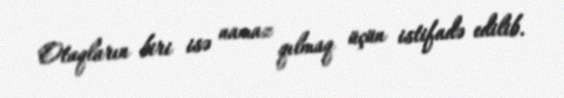
Otaqların biri isə namaz qılmaq üçün istifadə edilib.